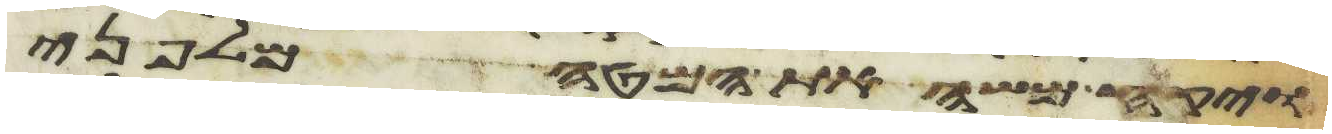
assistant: ויקח משה את המטה מלפני